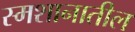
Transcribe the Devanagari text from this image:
स्मशानातील